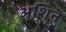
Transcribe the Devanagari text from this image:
अशिन